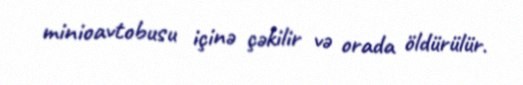
minioavtobusu içinə çəkilir və orada öldürülür.